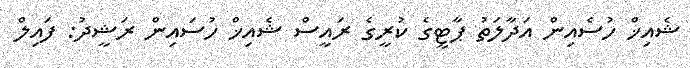
ޝެއިޚް ހުސެއިން އަދާލަތު ޕާޓީގެ ކުރީގެ ރައީސް ޝެއިޚް ހުސައިން ރަޝީދު: ފައިލް